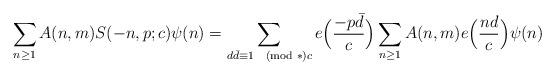
LaTeX: \begin{align*}\sum_{n \geq 1} A(n, m) S(-n, p; c) \psi(n) = \sum_{d \bar d \equiv 1 \pmod*{c}} e\Bigl( \frac{-p \bar d}{c} \Bigr) \sum_{n \geq 1} A(n, m) e\Bigl( \frac{n d}{c} \Bigr) \psi(n)\end{align*}